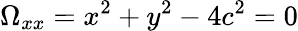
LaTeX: \Omega_{xx}=x^{2}+y^{2}-4c^{2}=0